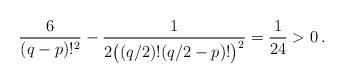
LaTeX: \begin{align*}\frac{6}{(q-p)!^2} - \frac{1}{2\big((q/2)!(q/2 - p)!\big)^2}=\frac{1}{24}>0\,.\end{align*}